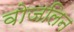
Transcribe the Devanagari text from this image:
वोजलिन